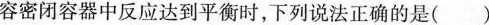
容密闭容器中反应达到平衡时，下列说法正确的是()